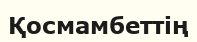
Қосмамбеттің